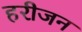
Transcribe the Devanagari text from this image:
हरीजन